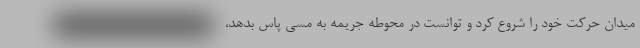
میدان حرکت خود را شروع کرد و توانست در محوطه جریمه به مسی پاس بدهد،